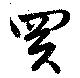
買